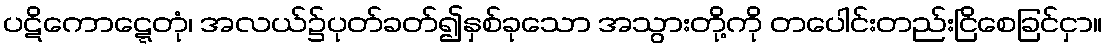
ပဋိကောဋ္ဋေတုံ၊ အလယ်၌ပုတ်ခတ်၍နှစ်ခုသော အသွားတို့ကို တပေါင်းတည်းငြိစေခြင်ငှာ။